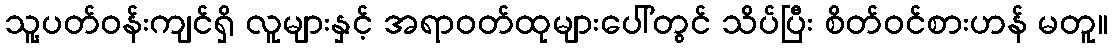
သူ့ပတ်ဝန်းကျင်ရှိ လူများနှင့် အရာဝတ်ထုများပေါ်တွင် သိပ်ပြီး စိတ်ဝင်စားဟန် မတူ။